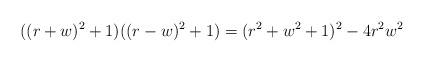
LaTeX: \begin{align*} ((r+w)^{2}+1)((r-w)^{2}+1) = (r^{2}+w^{2}+1)^{2}-4r^{2}w^{2}\end{align*}